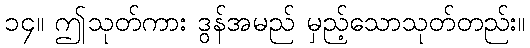
၁၄။ ဤသုတ်ကား ဒွန်အမည် မှည့်သောသုတ်တည်း။